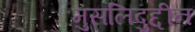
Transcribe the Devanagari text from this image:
मुसलिदुद्दीन